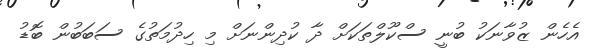
އެހެން ޒުވާނަކު ބުނީ ސްކޫލްތަކަށް ދާ ކުދިންނަށް މި ހިދުމަތުގެ ސަބަބުން ބޮޑު